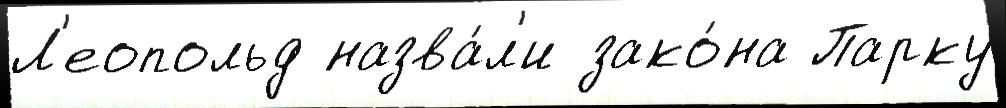
Л'еопольд назва́л'и зако́на Парку